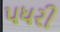
પધરી